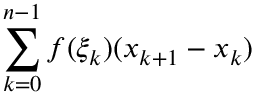
\sum _ { k = 0 } ^ { n - 1 } f ( \xi _ { k } ) ( x _ { k + 1 } - x _ { k } )